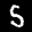
Label: 5